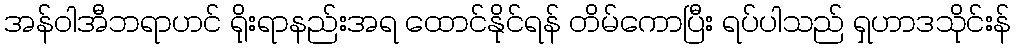
အန်ဝါအီဘရာဟင် ရိုးရာနည်းအရ ထောင်နိုင်ရန် တိမ်ကောပြီး ရပ်ပါသည် ရှဟာဒသိုင်းန်